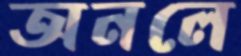
অনলে